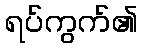
ရပ်ကွက်၏